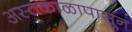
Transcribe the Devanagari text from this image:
अस्तकाळापासून